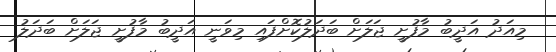
މިއަދު އަދީބު މާފުށީ ޖަލަށް ބަދަލުކޮށްފައި މިވަނީ އަދީބު މާފުށީ ޖަލަށް ބަދަލު